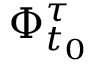
\Phi _ { t _ { 0 } } ^ { \tau }